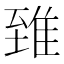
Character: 𨾽